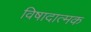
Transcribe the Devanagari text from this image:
विषादात्मक